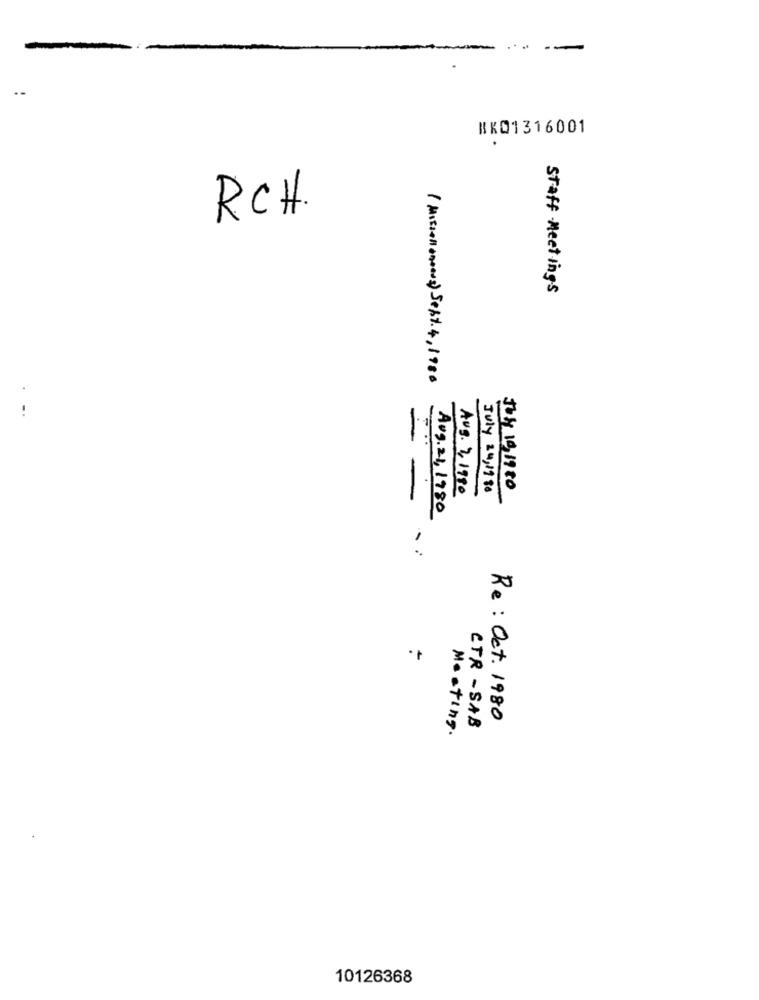
BK01316001
.
RCH.
Staff Meetings
(Miss011000002) Sept. 4, 1980
Aus. 7, 1990
July 24, 19 90
July 10,1920
Aug. 21, 1980
..
CTR - SAB
Re : Oct. 1980
Meeting.
10126368